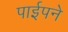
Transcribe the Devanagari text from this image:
पाईपने